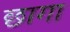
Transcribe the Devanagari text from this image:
छागा